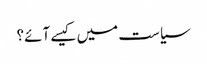
سیاست میں کیسے آئے؟